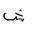
Letter: _shin